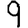
Digit: 9